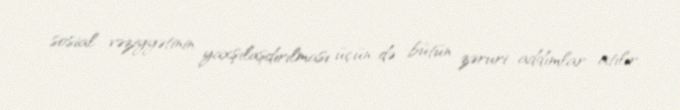
sosial vəziyyətinin yaxşılaşdırılması üçün də bütün zəruri addımlar atılır.